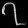
Digit: ၇